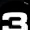
Digit: 3